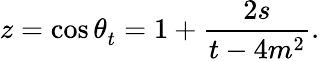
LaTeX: z=\cos{\theta_{t}^{}}=1+\frac{2s}{t-4m^{2}}.